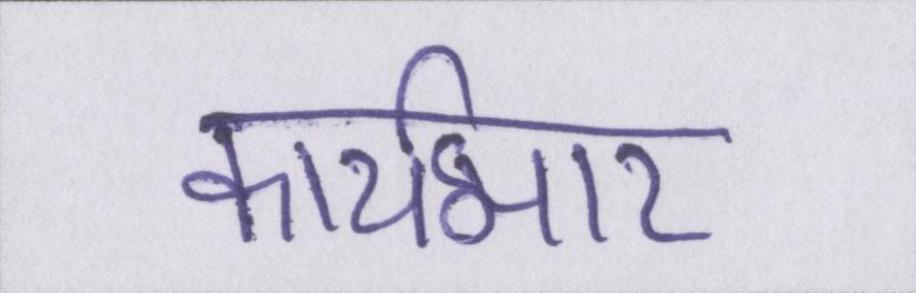
कार्यभार